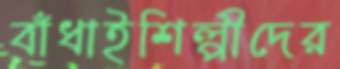
বাঁধাইশিল্পীদের